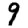
Digit: 9